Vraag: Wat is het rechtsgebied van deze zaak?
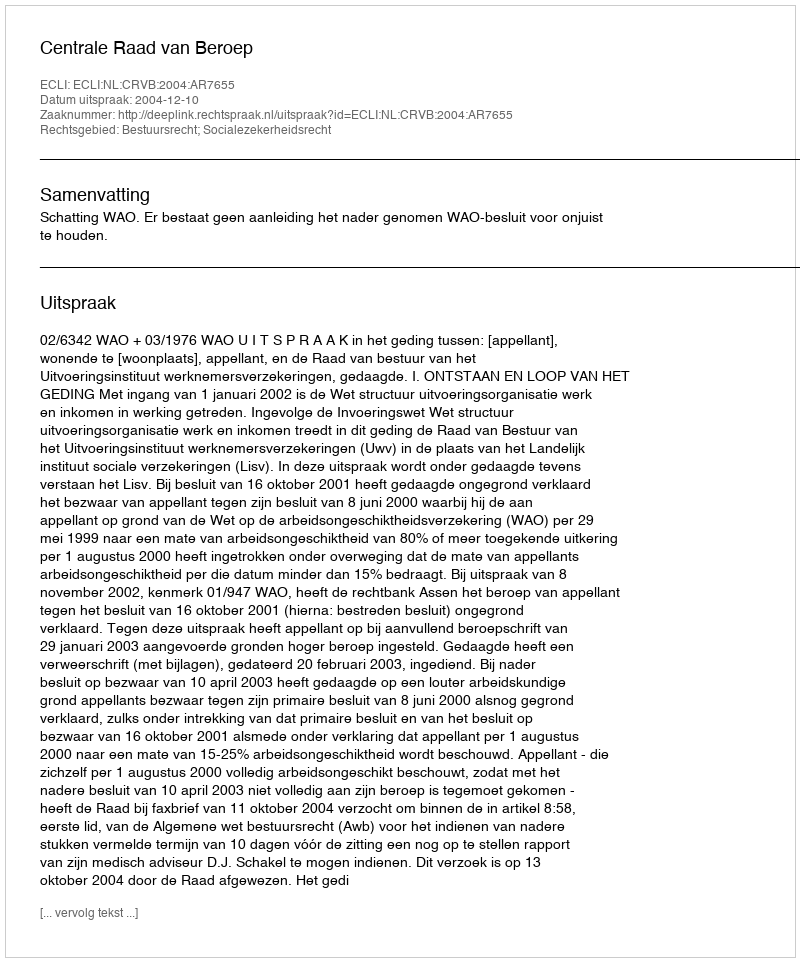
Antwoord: Bestuursrecht; Socialezekerheidsrecht